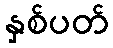
နှစ်ပတ်